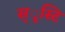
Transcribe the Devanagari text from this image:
स्ृस्टि